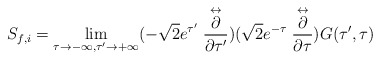
\begin{align*}S_{f,i}= \lim_{\tau \rightarrow -\infty,\tau' \rightarrow +\infty} (-\sqrt{2} e^{\tau'}\stackrel{\leftrightarrow}{\frac{\partial}{\partial\tau'}})(\sqrt{2}e^{-\tau} \stackrel{\leftrightarrow}{\frac{\partial}{\partial\tau}})G(\tau',\tau)\end{align*}